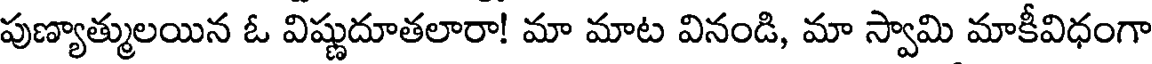
పుణ్యాత్ములయిన ఓ విష్ణుదూతలారా! మా మాట వినండి, మా స్వామి మాకీవిధంగా